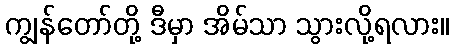
ကျွန်တော်တို့ ဒီမှာ အိမ်သာ သွားလို့ရလား။